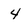
Character: 4